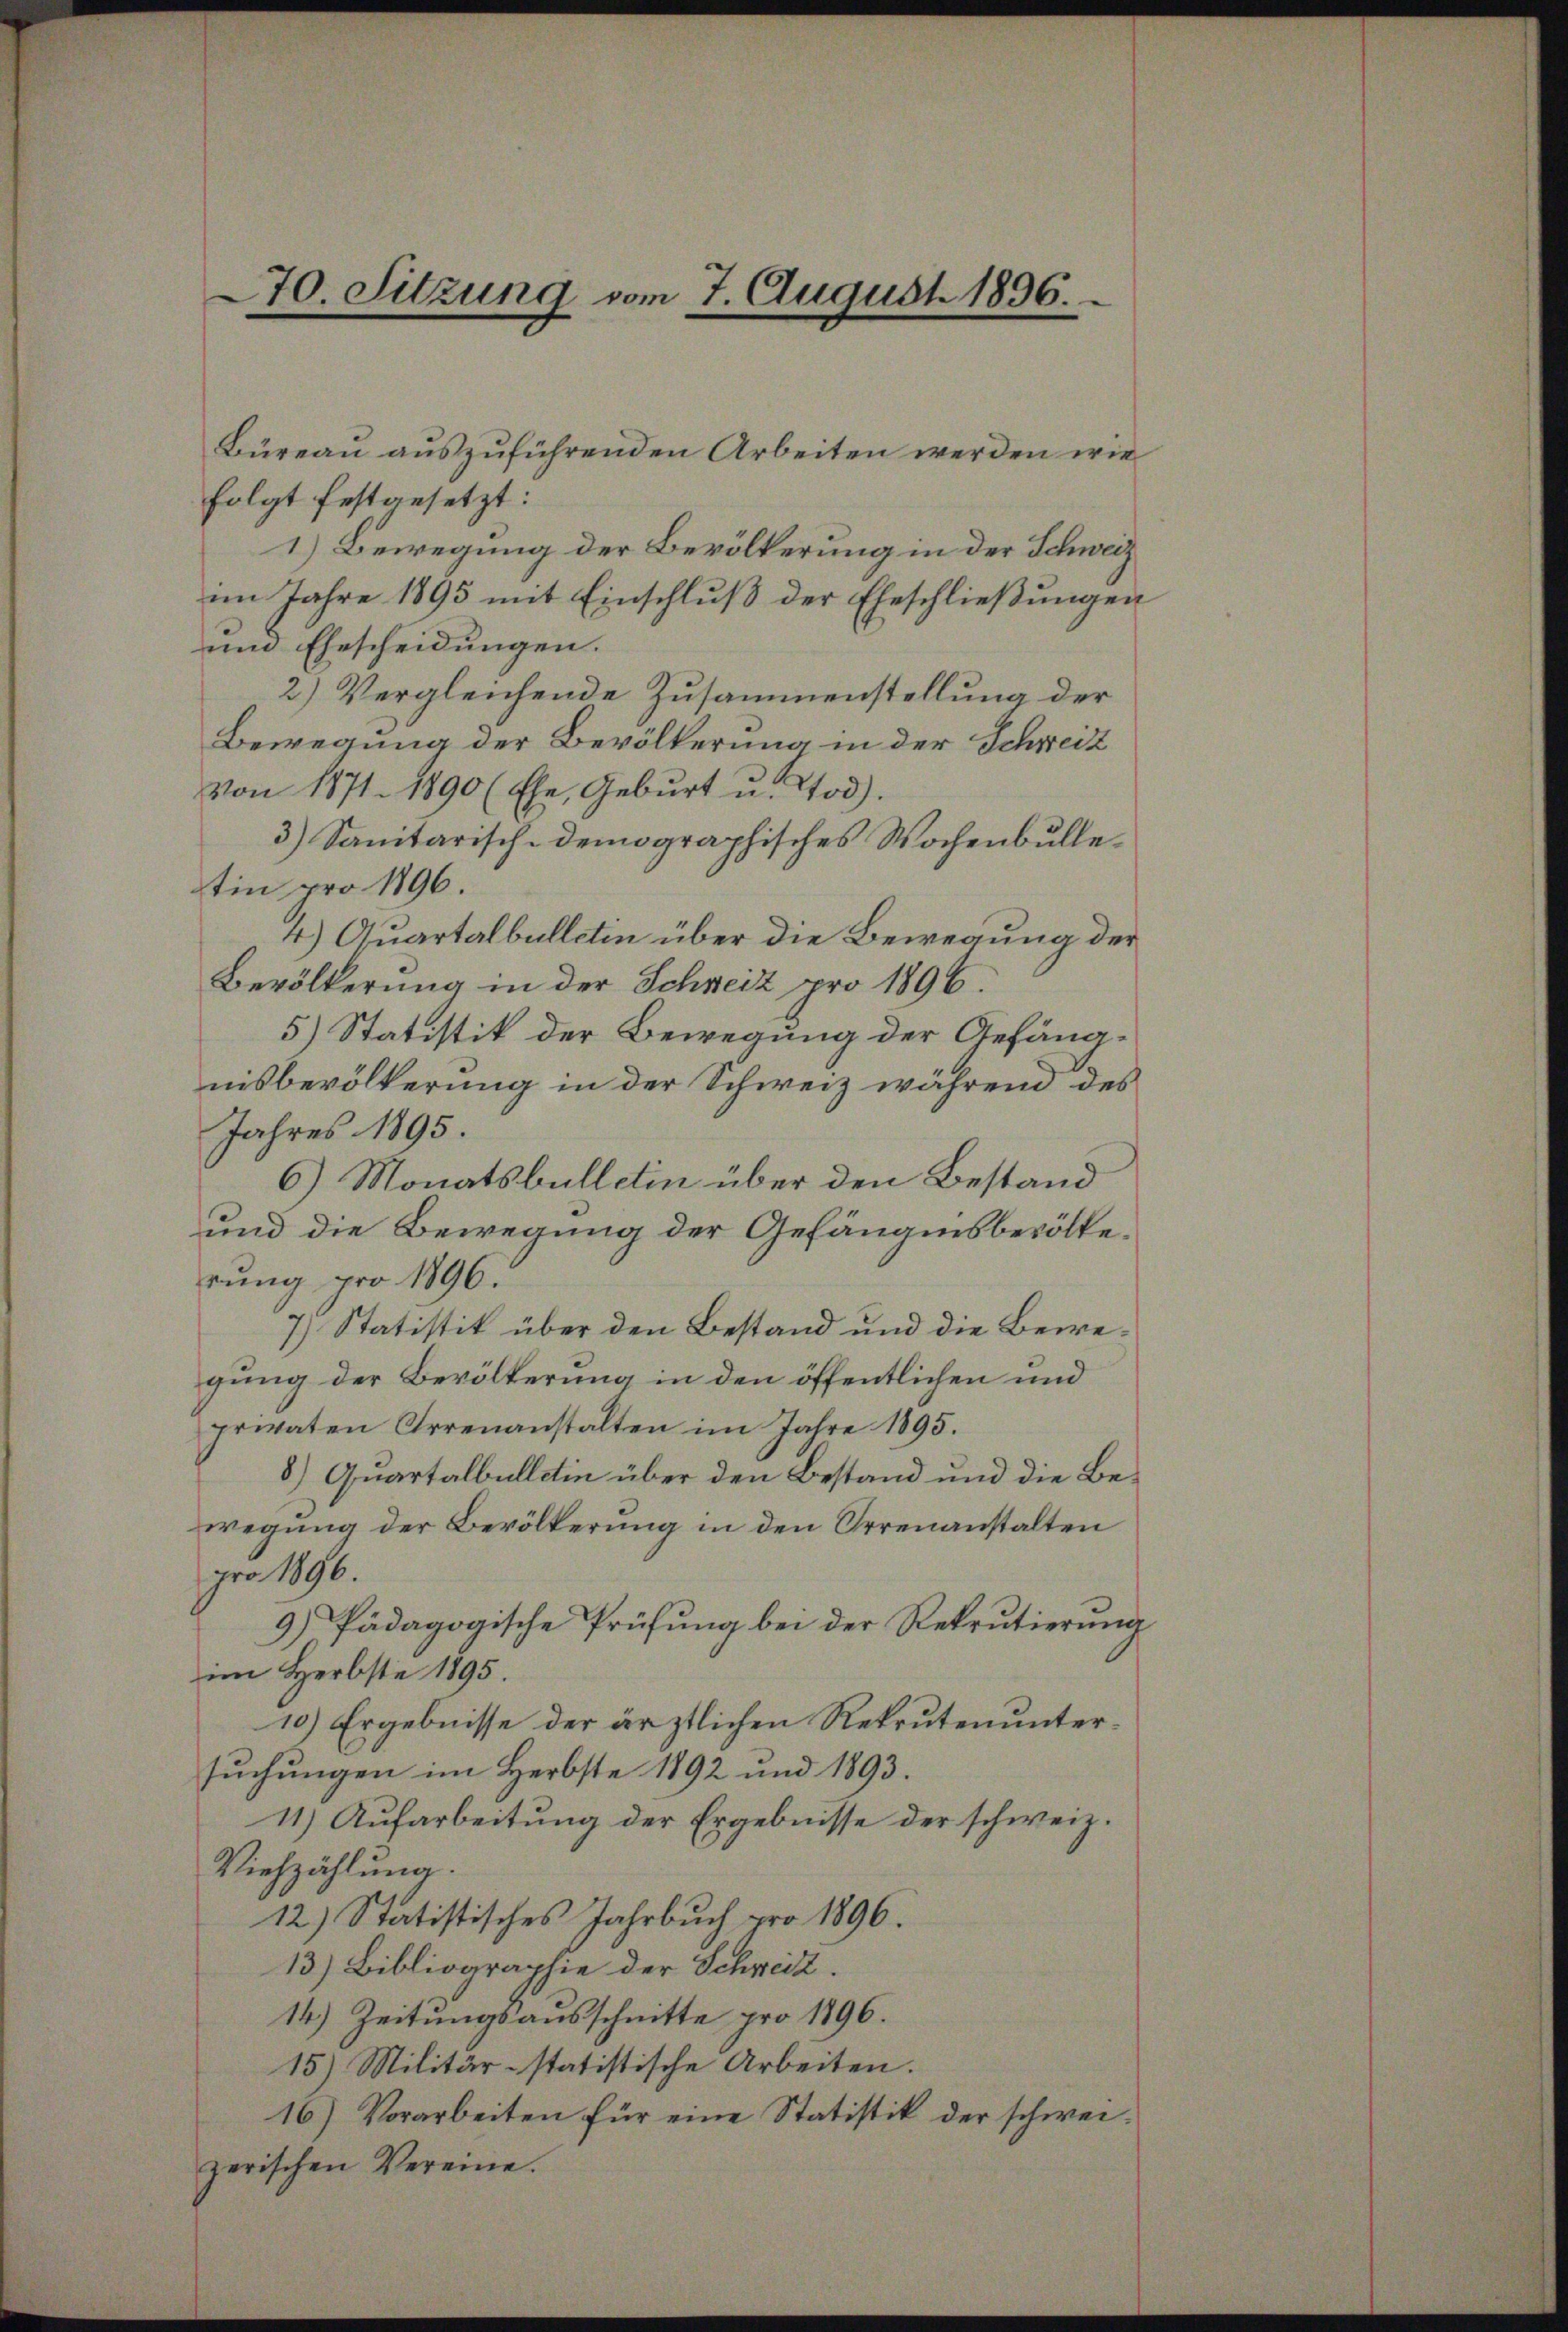
70. Sitzung vom 7. August 1896.

folgt festgesetzt:
1.) Bewegung der Bevölkerung in der Schweiz
im Jahre 1895 mit Einschluß der Eheschließungen
und Ehescheidungen.
2) Vergleichende Zusammenstellung der
Bewegung der Bevölkerung in der Schreit
von 1871. 1890 (Ehe, Geburt u. Tod).
3) Sanitärisch-demographisches Wochenbulletin pro 1896.
4) Quartalbulletin über die Bewegung der
Bevölkerung in der Schweiz pro 1896.
5) Statistik der Bewegung der Gefängnisbevölkerung in der Schweiz während des
Jahres 1895.
6) Monatsbullein über den Bestand
und die Bewegung der Gefängnisbevölkerŭng pro 1896.
7.) Statistik über den Bestand und die Bewegung der Bevölkerung in den öffentlichen und
privaten Arrenanstalten im Jahre 1895.
8) Quartalbulletin über den Bestand und die Bewegung der Bevölkerung in den Irrenanstalten
pro 1896.
9) Pädagogische Prüfung bei der Rekrutierung
im Herbste 1895.
10) Ergebnisse der ärztlichen Rekrutenuntersuchungen im Herbste 1892 und 1893.
11) Aufarbeitung der Ergebnisse der schweiz.
Viehzählung.
12) Statistisches Jahrbuch pro 1896.
13.) Bibliographie der Schweiz.
14) Zeitungsausschnitte pro 1896.
15) Militär-statistische Arbeiten.
16) Vorarbeiten für eine Statistik der schweizerischen Vereine.

Büreau auszuführenden Arbeiten werden wie

.